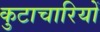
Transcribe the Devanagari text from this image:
कुटाचारियों